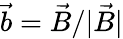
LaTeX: \vec{b}=\vec{B}/|\vec{B}|